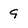
Character: 9